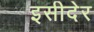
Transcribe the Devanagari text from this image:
इसीदेर